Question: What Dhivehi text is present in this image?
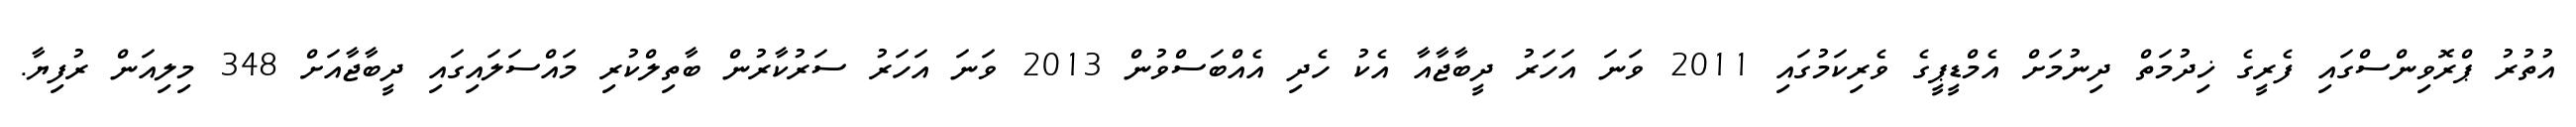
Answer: އުތުރު ޕްރޮވިންސްގައި ފެރީގެ ޚިދުމަތް ދިނުމަށް އެމްޑީޕީގެ ވެރިކަމުގައި 2011 ވަނަ އަހަރު ދީބާޖާއާ އެކު ހެދި އެއްބަސްވުން 2013 ވަނަ އަހަރު ސަރުކާރުން ބާތިލްކުރި މައްސަލައިގައި ދީބާޖާއަށް 348 މިލިއަން ރުފިޔާ.